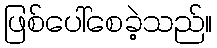
ဖြစ်ပေါ်စေခဲ့သည်။